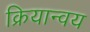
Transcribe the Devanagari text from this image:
क्रियान्वय